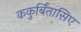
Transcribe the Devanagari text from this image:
ककुर्बितासिए